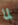
لما